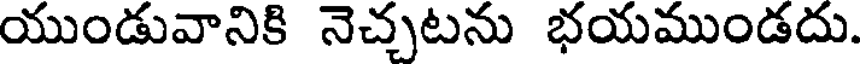
యుండువానికి నెచ్చటను భయముండదు.